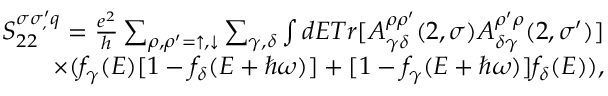
\begin{array} { r } { S _ { 2 2 } ^ { \sigma \sigma _ { , } ^ { \prime } q } = \frac { e ^ { 2 } } { h } \sum _ { \rho , \rho ^ { \prime } = \uparrow , \downarrow } \sum _ { \gamma , \delta } \int d E T r [ A _ { \gamma \delta } ^ { \rho \rho ^ { \prime } } ( 2 , \sigma ) A _ { \delta \gamma } ^ { \rho ^ { \prime } \rho } ( 2 , \sigma ^ { \prime } ) ] } \\ { \times ( f _ { \gamma } ( E ) [ 1 - f _ { \delta } ( E + \hbar \omega ) ] + [ 1 - f _ { \gamma } ( E + \hbar \omega ) ] f _ { \delta } ( E ) ) , } \end{array}